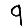
Digit: 9